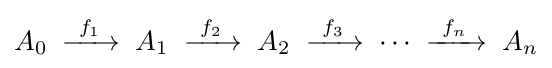
A_{0}\;\xrightarrow {\ f_{1}\ } \;A_{1}\;\xrightarrow {\ f_{2}\ } \;A_{2}\;\xrightarrow {\ f_{3}\ } \;\cdots \;\xrightarrow {\ f_{n}\ } \;A_{n}